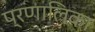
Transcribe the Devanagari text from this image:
प्रणालिका